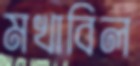
মখাবিল